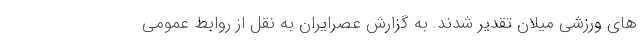
های ورزشی میلان تقدیر شدند. به گزارش عصرایران به نقل از روابط عمومی